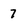
Character: 7